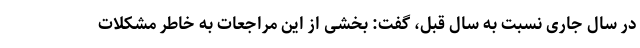
در سال جاری نسبت به سال قبل، گفت: بخشی از این مراجعات به خاطر مشکلات